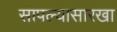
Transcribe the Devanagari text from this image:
सापल्यासारखा